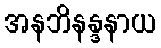
အနဘိနန္ဒနာယ